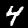
Label: 4